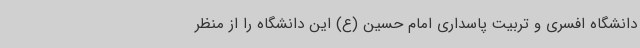
دانشگاه افسری و تربیت پاسداری امام حسین (ع) این دانشگاه را از منظر